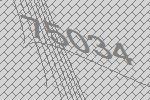
75034